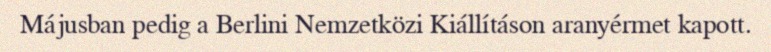
Májusban pedig a Berlini Nemzetközi Kiállításon aranyérmet kapott.